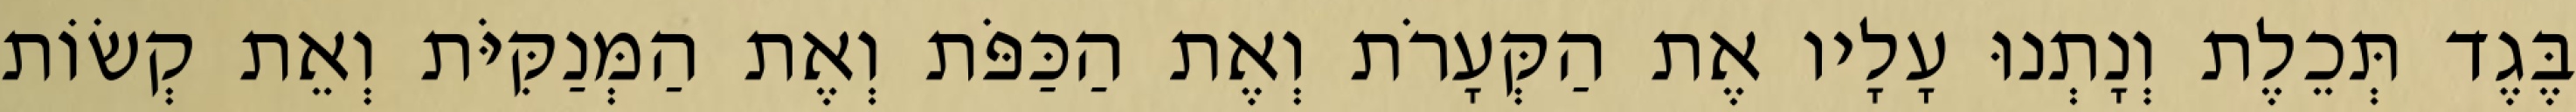
בֶּגֶד תְּכֵלֶת וְנָתְנוּ עָלָיו אֶת הַקְּעָרֹת וְאֶת הַכַּפֹּת וְאֶת הַמְּנַקִּיֹּת וְאֵת קְשׂוֹת